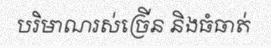
បរិមាណរស់ច្រើន និងធំធាត់